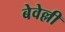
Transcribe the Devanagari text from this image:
बेवेल्ली